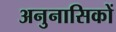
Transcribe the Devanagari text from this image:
अनुनासिकों